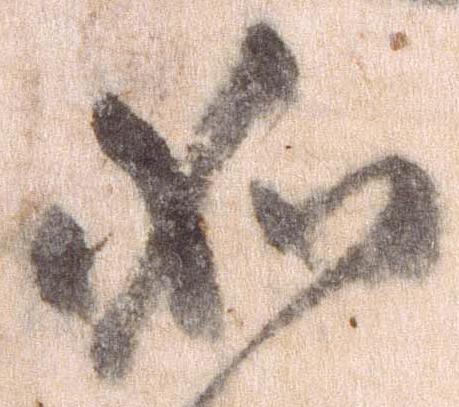
如